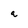
Character: a